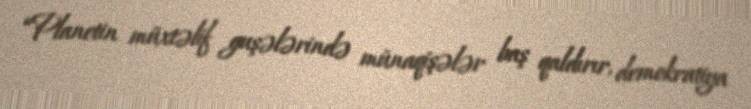
“Planetin müxtəlif guşələrində münaqişələr baş qaldırır, demokratiya